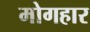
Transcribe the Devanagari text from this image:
मोगहार